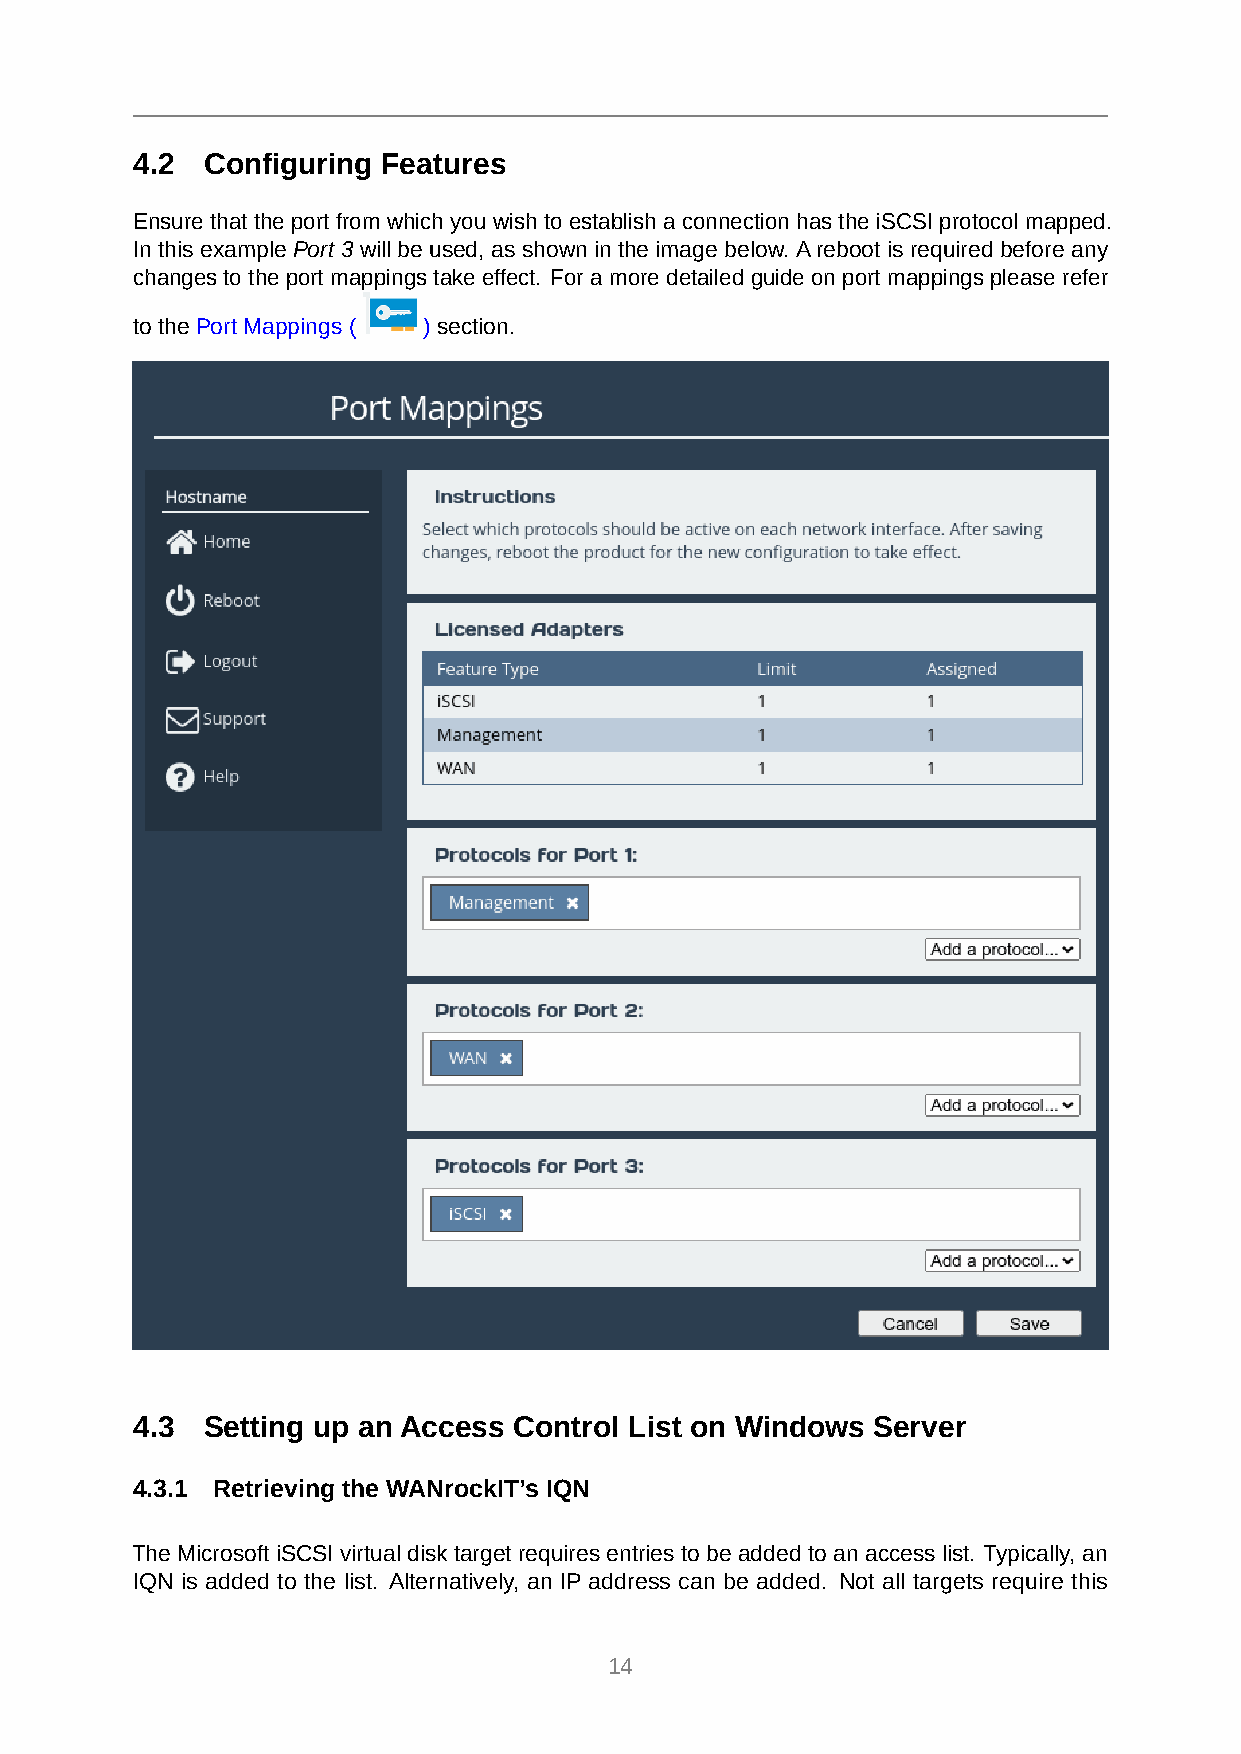
4.2  Configuring Features
 Ensure that the port from which you wish to establish a connection has the iSCSI protocol mapped.
 In this example Port 3 will be used, as shown in the image below. Areboot is required before any
 changes to the port mappings take effect. For a more detailed guide on port mappings please refer
 to the Port Mappings ( ) section.
 4.3  Setting up an Access Control List on Windows Server
 4.3.1 Retrieving the WANrockIT’s IQN
 The Microsoft iSCSI virtual disk target requires entries to be added to an access list. Typically, an
 IQN is added to the list. Alternatively, an IP address can be added. Not all targets require this
 14